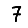
Digit: 7